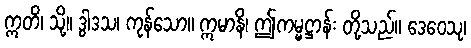
ဣတိ၊ သို့။ ဒွါဒသ၊ ကုန်သော။ ဣမာနိ၊ ဤကမ္မဋ္ဌာန်း တို့သည်။ ဒေဝေသု၊